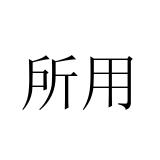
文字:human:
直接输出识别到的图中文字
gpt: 所用